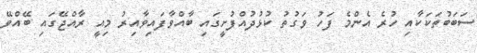
ސަބަބުތަކަކާއި ހުރެ އެންމެ ފަހު ވަގުތު ކުޅުދުއްފުށީގައި ބާއްވާފައިވާއިރު މިއީ ރާއްޖޭގައި ބޭއްވޭ